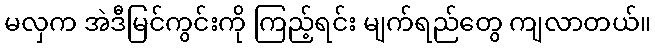
မလှက အဲဒီမြင်ကွင်းကို ကြည့်ရင်း မျက်ရည်တွေ ကျလာတယ်။